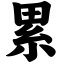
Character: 累